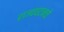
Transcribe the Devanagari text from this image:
राज्यघटनचे